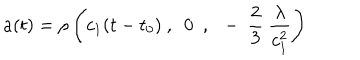
a ( t ) = \rho \left( c _ { 1 } ( t - t _ { 0 } ) \ , \ \ 0 \ \ , \ \ - \ \frac { 2 } { 3 } \ \frac { \lambda } { c _ { 1 } ^ { 2 } } \right)